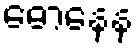
ဓောနေန